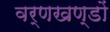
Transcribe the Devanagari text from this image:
वर्णखण्डों